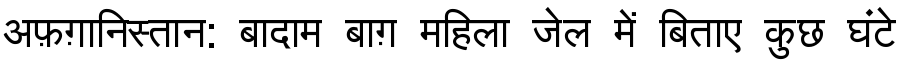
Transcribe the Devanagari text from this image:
अफ़ग़ानिस्तान: बादाम बाग़ महिला जेल में बिताए कुछ घंटे